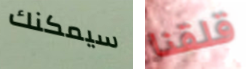
سيمكنك قلقنا